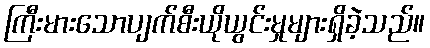
ကြီးမားသောပျက်စီးယိုယွင်းမှုများရှိခဲ့သည်။